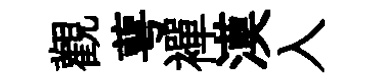
觀萼襌漠入